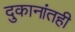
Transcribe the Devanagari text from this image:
दुकानांतही